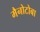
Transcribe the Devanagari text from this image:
मैनोटोबा